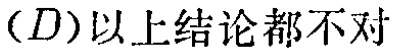
$(D)以上结论都不对$